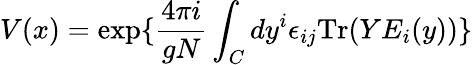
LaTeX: V(x)=\exp\{ {\frac{4\pi i}{gN}}\int_{C}dy^{i}\epsilon_{ij}\mathrm{Tr}(YE_{i}(y))\}